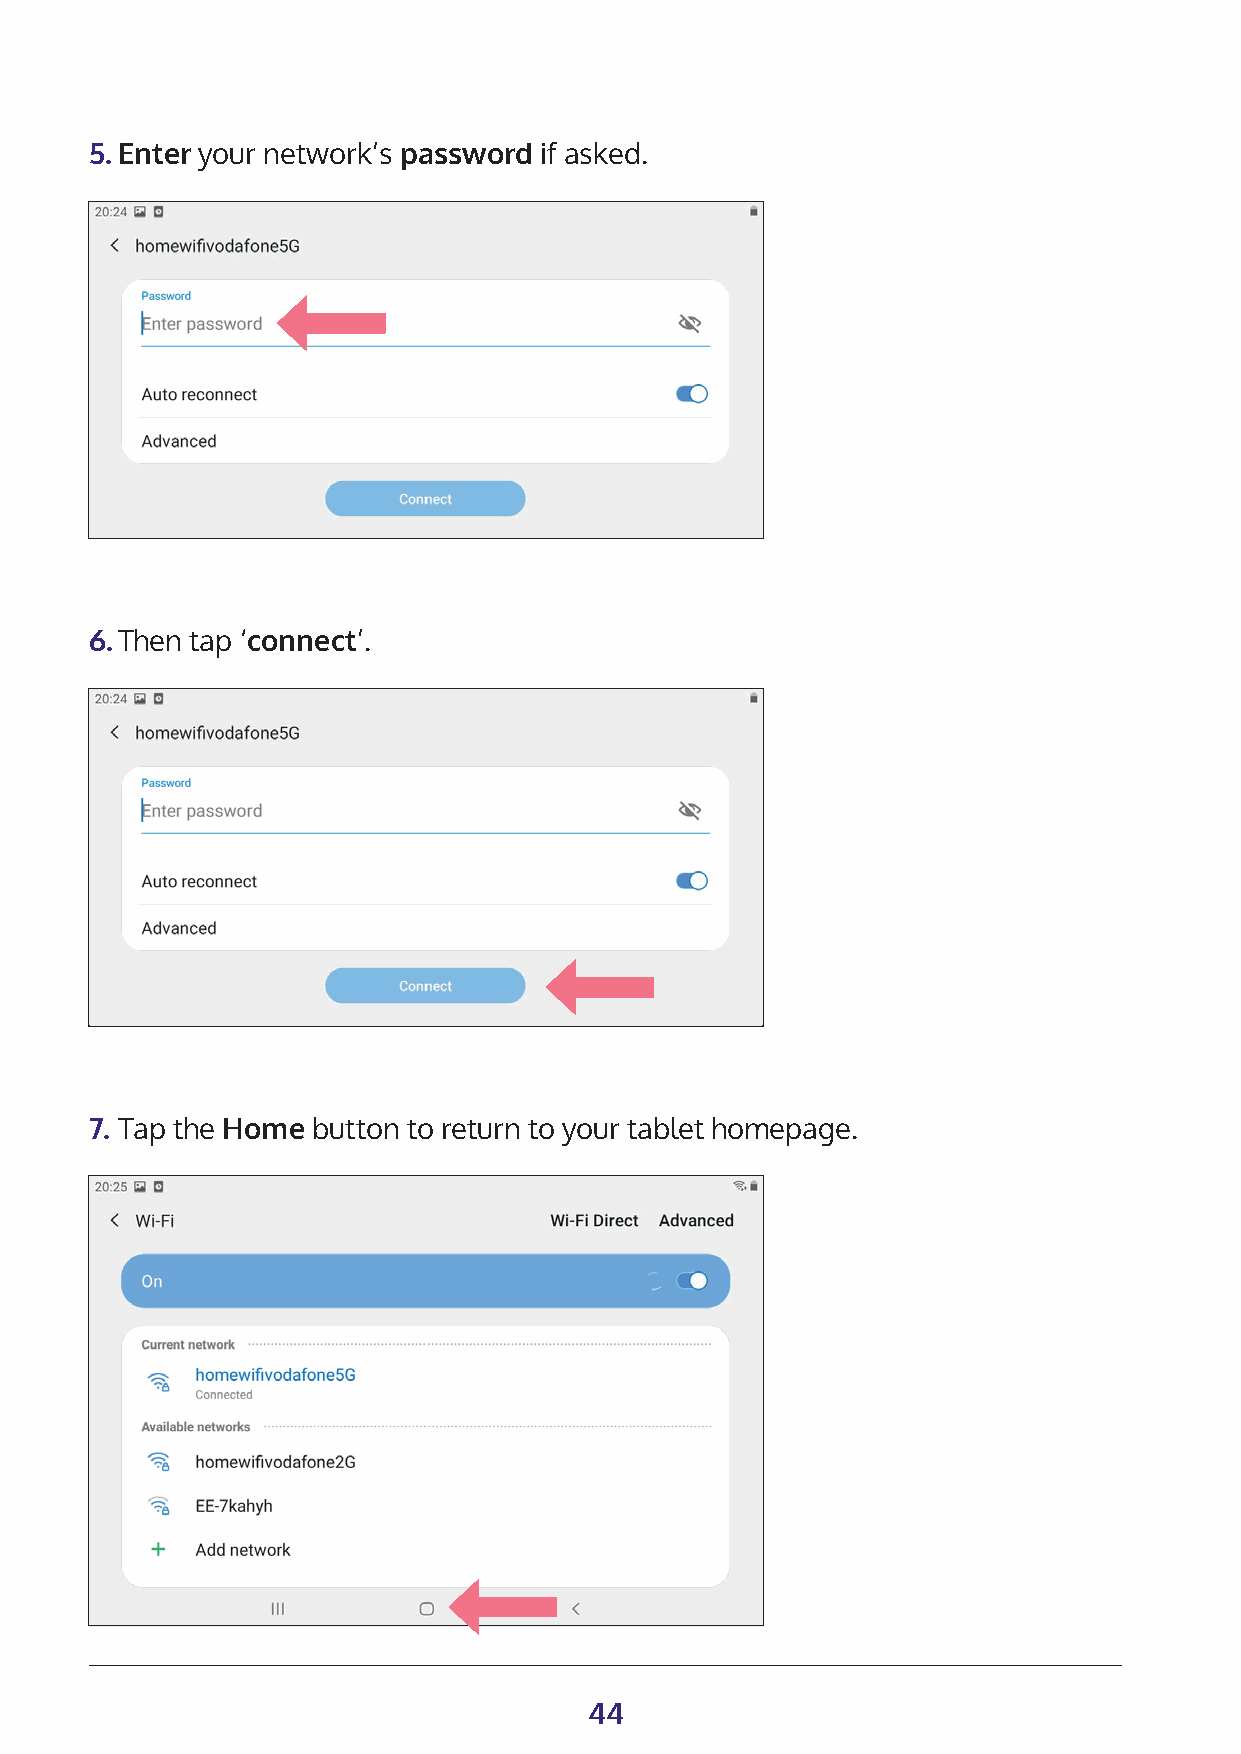
5. Enter your network’s password if asked.
 6. Then tap ‘connect’.
 7. Tap the Home button to return to your tablet homepage.
 44